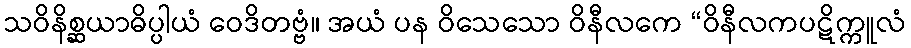
သဝိနိစ္ဆယာဓိပ္ပါယံ ဝေဒိတဗ္ဗံ။ အယံ ပန ဝိသေသော ဝိနီလကေ “ဝိနီလကပဋိက္ကူလံ